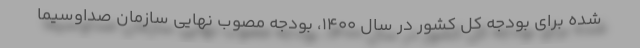
شده برای بودجه کل کشور در سال ۱۴۰۰، بودجه مصوب نهایی سازمان صداوسیما